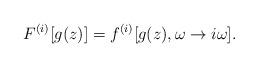
LaTeX: \begin{align*}F^{(i)}[g(z)]=f^{(i)}[g(z),\omega \rightarrow i\omega ]. \end{align*}